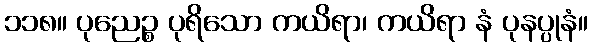
၁၁၈။ ပုညေဉ္စ ပုရိသော ကယိရာ၊ ကယိရာ နံ ပုနပ္ပုနံ။